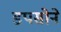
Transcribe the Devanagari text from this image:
डपसोने